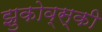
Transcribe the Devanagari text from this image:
झुकोव्स्की